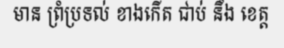
មាន ព្រំប្រទល់ ខាងកើត ជាប់ នឹង ខេត្ត